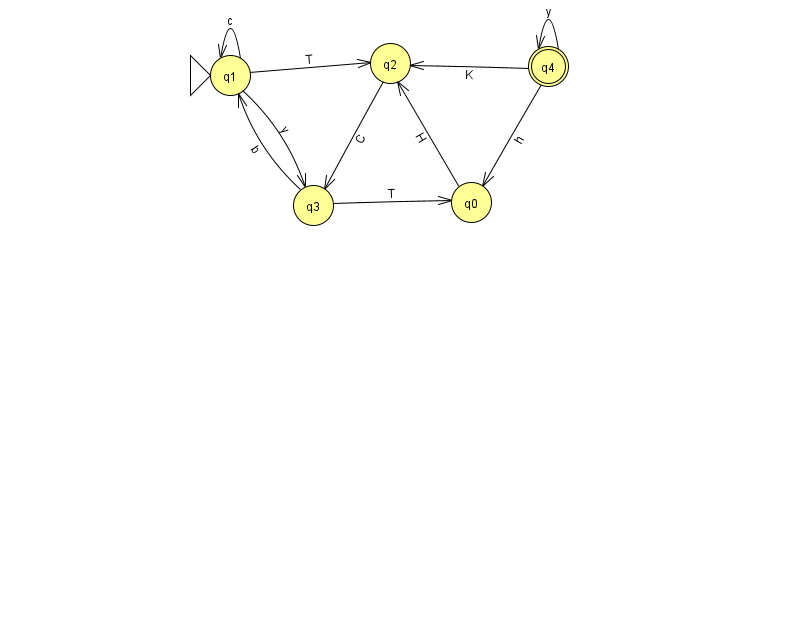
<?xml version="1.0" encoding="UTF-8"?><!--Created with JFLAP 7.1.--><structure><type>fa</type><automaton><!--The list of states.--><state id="0" name="q0"><x>471.0</x><y>189.0</y></state><state id="1" name="q1"><x>230.0</x><y>62.0</y><initial/></state><state id="2" name="q2"><x>390.0</x><y>50.0</y></state><state id="3" name="q3"><x>313.0</x><y>192.0</y></state><state id="4" name="q4"><x>548.0</x><y>53.0</y><final/></state><!--The list of transitions.--><transition><from>3</from><to>0</to><read>T</read></transition><transition><from>1</from><to>1</to><read>c</read></transition><transition><from>1</from><to>3</to><read>y</read></transition><transition><from>2</from><to>3</to><read>C</read></transition><transition><from>0</from><to>2</to><read>H</read></transition><transition><from>4</from><to>4</to><read>y</read></transition><transition><from>4</from><to>0</to><read>h</read></transition><transition><from>3</from><to>1</to><read>b</read></transition><transition><from>1</from><to>2</to><read>T</read></transition><transition><from>4</from><to>2</to><read>K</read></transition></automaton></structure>